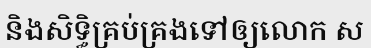
និងសិទ្ធិគ្រប់គ្រងទៅឲ្យលោក ស